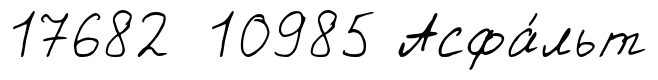
17682 10985 Асфа́льт